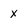
Character: x